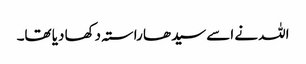
اللہ نے اسے سیدھا راستہ دکھا دیا تھا۔